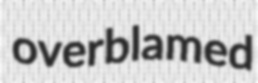
overblamed